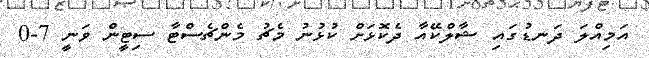
އަމިއްލަ ދަނޑުގައި ޝާލްކޭއާ ދެކޮޅަށް ކުޅުނު މެޗު މެންޗެސްޓާ ސިޓީން ވަނީ 7-0